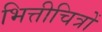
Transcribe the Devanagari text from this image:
भित्तीचित्रों